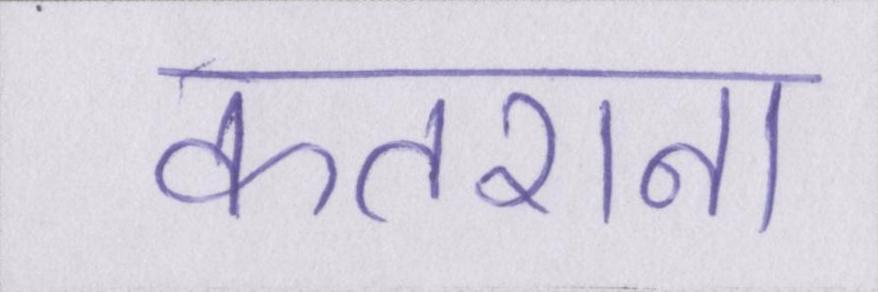
कतराना